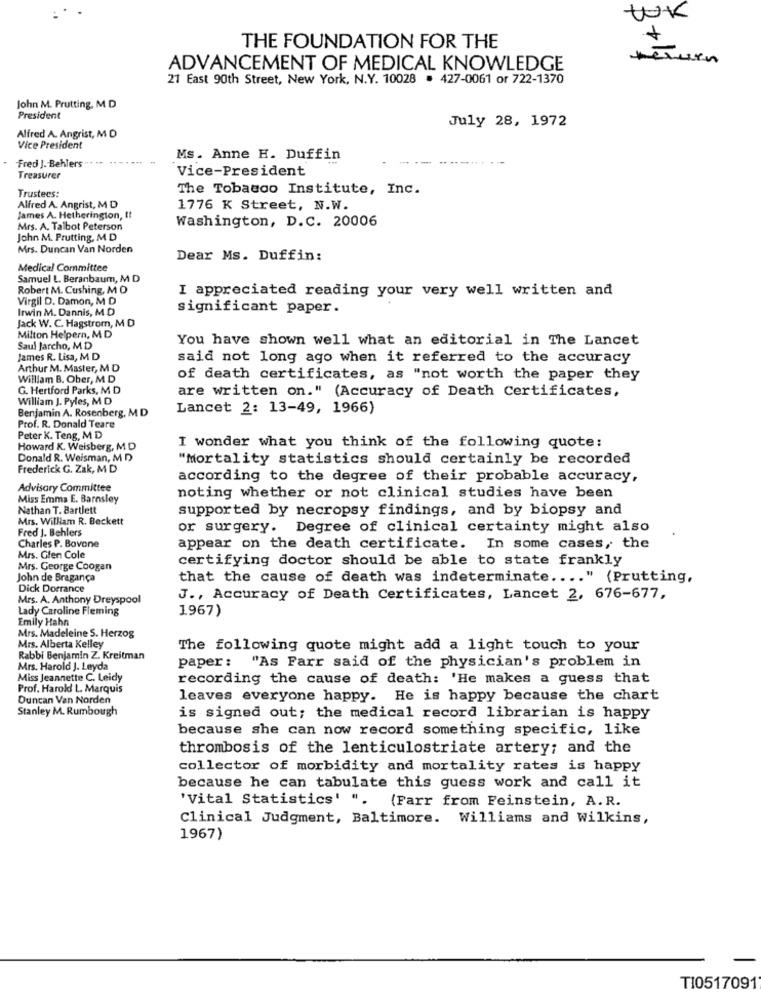
+
THE FOUNDATION FOR THE
ADVANCEMENT OF MEDICAL KNOWLEDGE
21 East 90th Street, New York, N.Y. 10028 . 427-0061 or 722-1370
John M. Prutting, M. D
President
July 28, 1972
Alfred A. Angrist, M D
Vice President
Ms. Anne H. Duffin
Fred J. Behlers "
Vice-President
Treasurer
Trustees:
The Tobacco Institute, Inc.
Alfred A. Angrist, M D
1776 K Street, N.W.
James A. Hetherington, It
Washington, D.C. 20006
Mrs. A. Talbot Peterson
John M. Prutting, M. D
Mrs. Duncan Van Norden
Dear Ms. Duffin:
Medical Committee
Samuel L. Beranbaum, M D
Robert M. Cushing, M O
I appreciated reading your very well written and
Virgil D. Damon, M D
Irwin M. Dannis, M. D
significant paper.
Jack W. C. Hagstrom, M D
Milton Helpern, M. D
You have shown well what an editorial in The Lancet
Saul Jarcho, MD
James R. Lisa, M D
said not long ago when it referred to the accuracy
Arthur M. Master, M D
William B. Ober, M D
of death certificates, as "not worth the paper they
G. Hertford Parks, M D
are written on." (Accuracy of Death Certificates,
William J. Pyles, M D
Lancet 2: 13-49, 1966)
Benjamin A. Rosenberg, M D
Prof. R. Donald Teare
Peter K. Teng, M D
Howard K. Weisberg, M D
I wonder what you think of the following quote:
Donald R. Weisman, M D
"Mortality statistics should certainly be recorded
Frederick G. Zak, M D
according to the degree of their probable accuracy,
Advisory Committee
Miss Emma E. Barnsley
noting whether or not clinical studies have been
Nathan T. Bartlett
supported by necropsy findings, and by biopsy and
Mrs. William R. Beckett
Fred J. Behlers
or surgery. Degree of clinical certainty might also
Charles P. Bovone
appear on the death certificate. In some cases, the
Mrs. Glen Cole
certifying doctor should be able to state frankly
Mrs. George Coogan
John de Bragança
that the cause of death was indeterminate .... " (Prutting,
Dick Dorrance
Mrs. A. Anthony Dreyspool
J ., Accuracy of Death Certificates, Lancet 2, 676-677,
Lady Caroline Fleming
1967)
Emily Hahn
Mrs. Madeleine S. Herzog
Mrs. Alberta Kelley
The following quote might add a light touch to your
Rabbi Benjamin Z. Kreitman
paper: "As Farr said of the physician's problem in
Mrs. Harold J. Leyda
Miss Jeannette C. Leidy
recording the cause of death: 'He makes a guess that
Prof. Harold L. Marquis
Duncan Van Norden
leaves everyone happy. He is happy because the chart
Stanley M. Rumbough
is signed out; the medical record librarian is happy
because she can now record something specific, like
thrombosis of the lenticulostriate artery; and the
collector of morbidity and mortality rates is happy
because he can tabulate this guess work and call it
'Vital Statistics' ". (Farr from Feinstein, A. R.
Clinical Judgment, Baltimore. Williams and Wilkins,
1967)
TI0517091